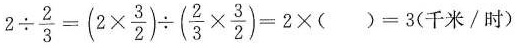
$$2 \div \frac { 2 } { 3 } = ( 2 \times \frac { 3 } { 2 } ) \div ( \frac { 2 } { 3 } \times \frac { 3 } { 2 } ) = 2 \times ( ) = 3$$(千米/时)